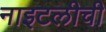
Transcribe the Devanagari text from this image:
नाइटलीची